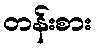
တန်းစား